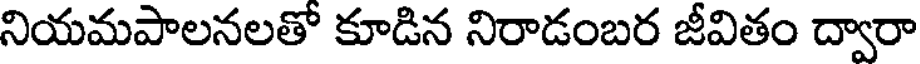
నియమపాలనలతో కూడిన నిరాడంబర జీవితం ద్వారా